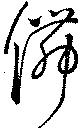
儛